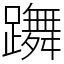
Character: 躌